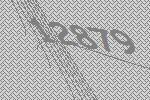
12879